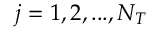
j = 1 , 2 , . . . , N _ { T }